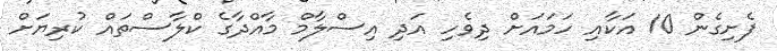
ފެށިގެން 10 އަކާއި ހަމައަށް ދިވެހި އަދި އިސްލާމް މާއްދާގެ ކްލާސްތައް ކުރިޔަށް